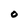
Character: O